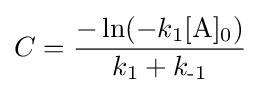
C={\frac {{-\ln }(-k_{\text{1}}[\mathrm {A} ]_{\text{0}})}{k_{\text{1}}+k_{\text{-1}}}}